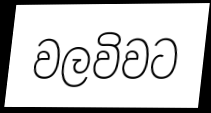
වලවිවට